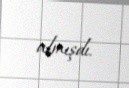
almışdı.